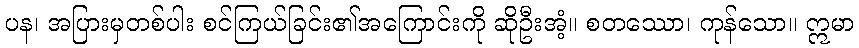
ပန၊ အပြားမှတစ်ပါး စင်ကြယ်ခြင်း၏အကြောင်းကို ဆိုဦးအံ့။ စတဿော၊ ကုန်သော။ ဣမာ